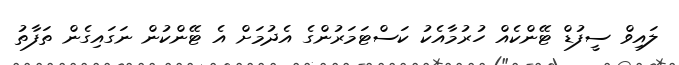
ލައިވް ސީފުޑް ޓޭންކެއް ހުރުމާއެކު ކަސްޓަމަރުންގެ އެދުމަށް އެ ޓޭންކުން ނަގައިގެން ތަފާތު